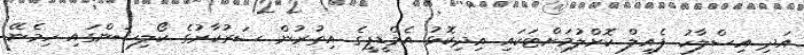
އަދި އިސްލާހު ފެއިލް ކޮށްލުމަށްޓަކައި އިދިކޮޅު އެމްޑީޕީގެ އިތުރުން ސަރުކާރުގެ ކޯލިޝަންގައި ހިމެނޭ